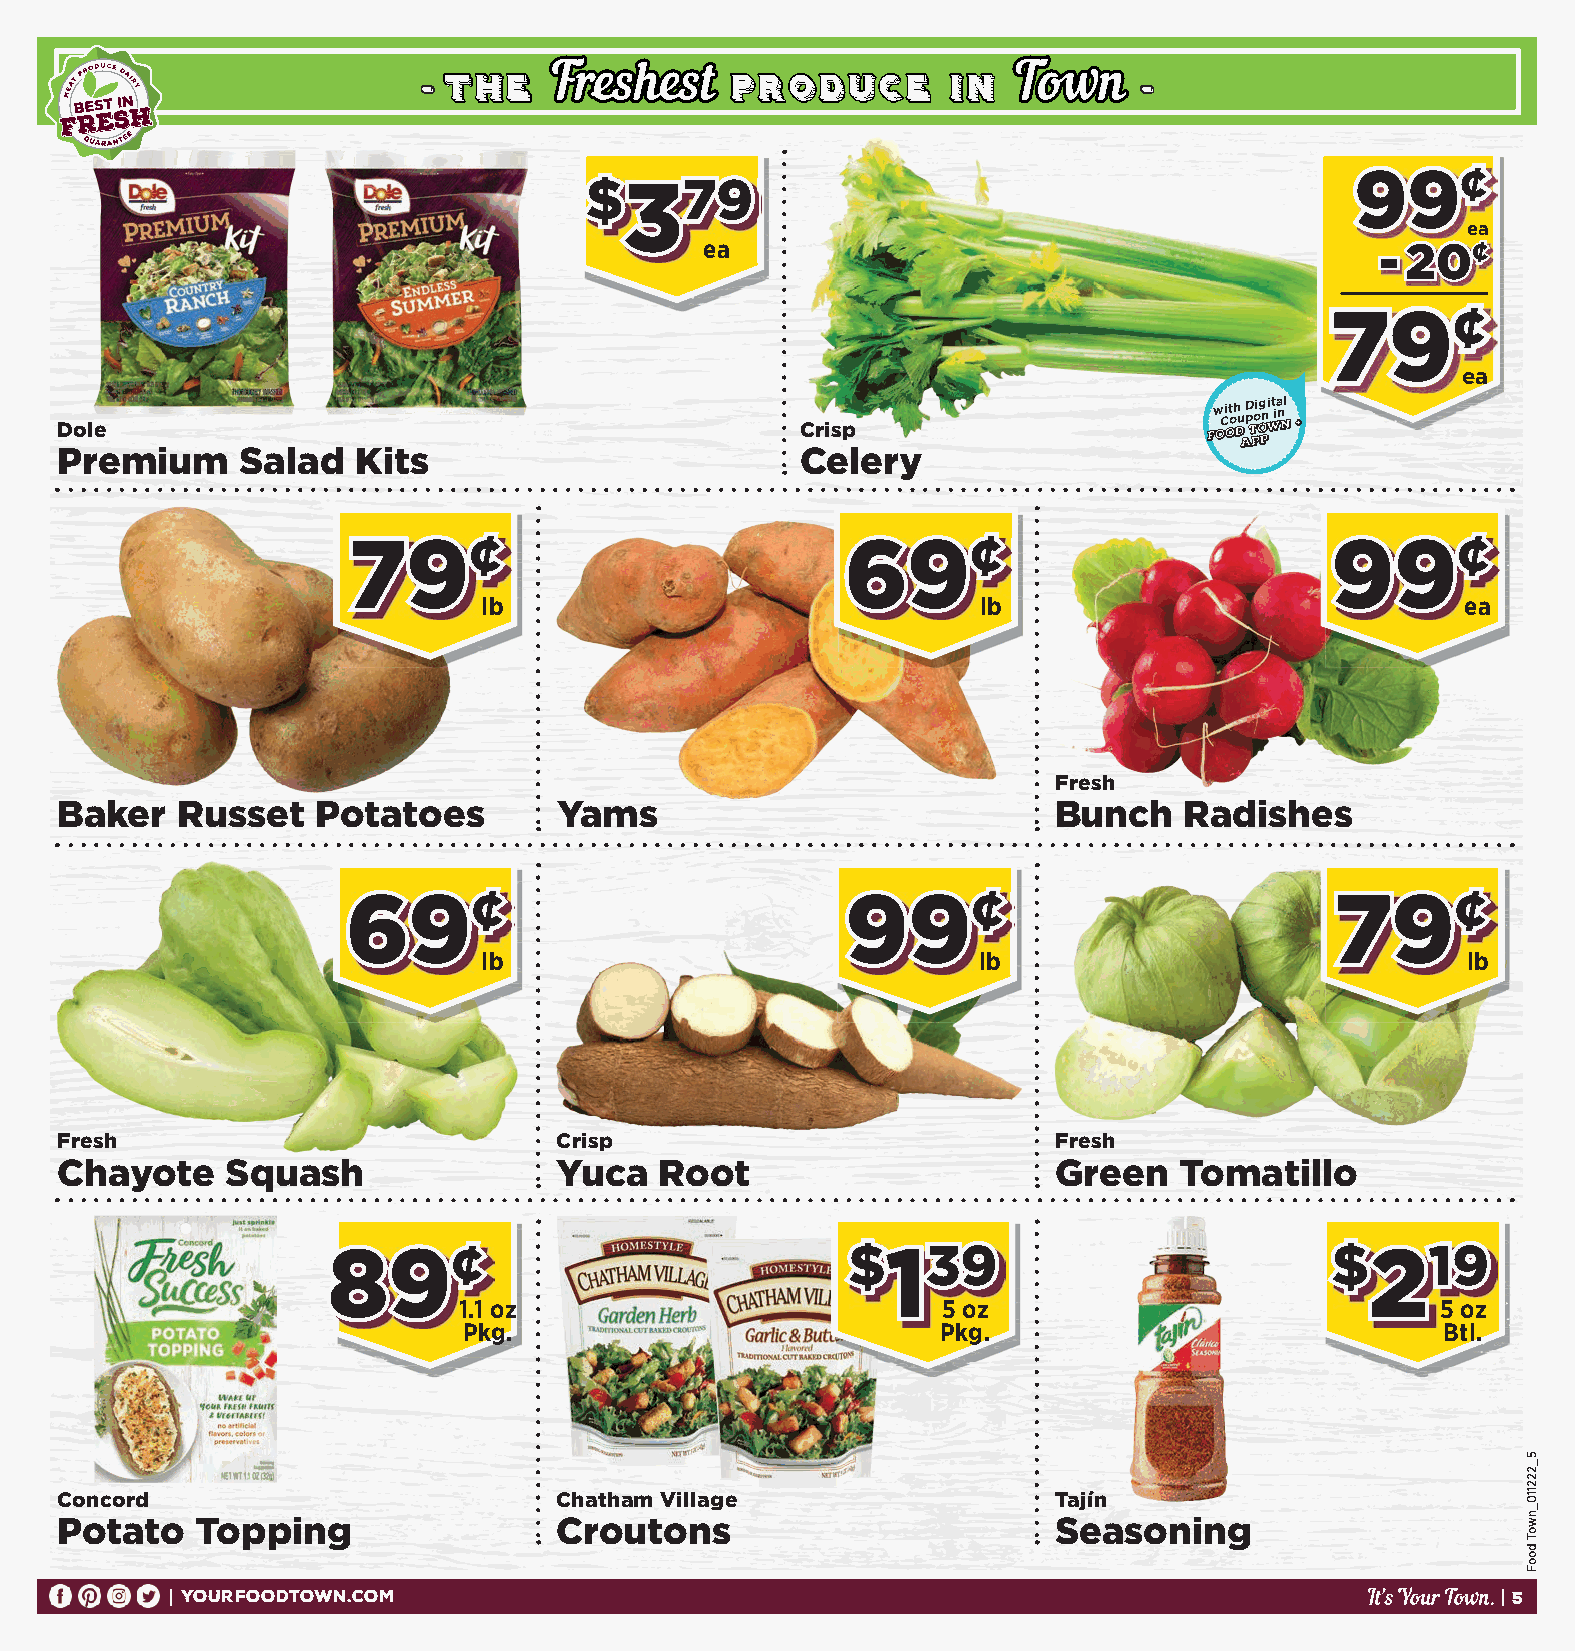
FFrreesshheesstt               TToowwnn
 --
 tthhee             pprroodduuccee iinn
 --
 99¢¢
 $$337799
 ea
 ea                                          --2200¢¢
 79¢
 ea
 Dole                                             Crisp
 Premium     Salad   Kits                         Celery
 7799¢¢                           6699¢¢                          9999¢¢
 lb                               lb                              ea
 Fresh
 Baker   Russet   Potatoes        Yams                             Bunch   Radishes
 6699¢¢                           9999¢¢                          7799¢¢
 lb                               lb                              lb
 Fresh                            Crisp                            Fresh
 Chayote    Squash                Yuca   Root                      Green   Tomatillo
 8899¢¢                            $$113399                        $$221199
 1.1 oz                          5 oz                             5 oz
 Pkg.                           Pkg.                              Btl.
 Concord                          Chatham Village                  Tajín
 Potato   Topping                 Croutons                         Seasoning
 YOURFOODTOWN.COM                                                                        5
 D htiw puoC atigi ni no l
 5_222110_nwoT
 dooF